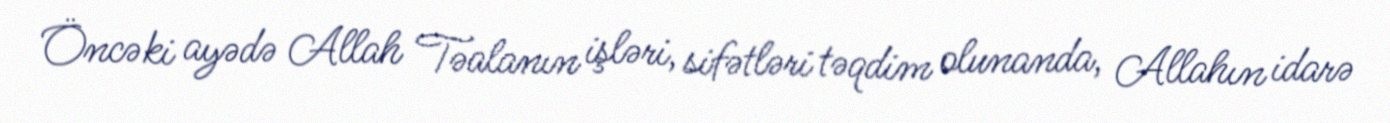
Öncəki ayədə Allah Təalanın işləri, sifətləri təqdim olunanda, Allahın idarə